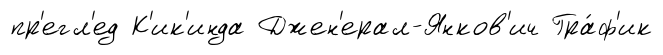
пр'егл'ед К'ик'инда Джен'ерал-Янков'ич Гра́ф'ик